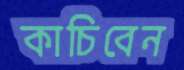
কাচিবেন